Relation of titanus [i.e. tetanus] to the hypodermic or intramuscular injection of quinine - Number 43
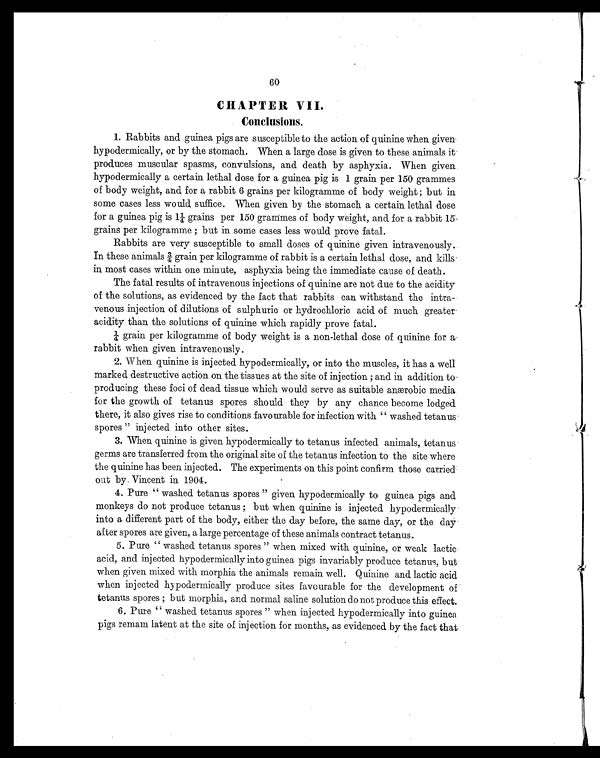
60
CHAPTER VII
.
Conclusions.
1. Rabbi ts and gui nea pi gs are suscepti bl e to the acti on of qui ni ne when gi ven
hypodermically, or by the stomach. When a large dose is given to these animals it
produces muscular spasms, convulsions, and death by asphyxia. When given
hypodermically a certain lethal dose for a guinea pig is 1 grain per 150 grammes
of body weight, and for a rabbit 6 grains per kilogramme of body weight ; but in
some cases less would, suffice. When given by the stomach a certain lethal dose
for a gui nea pi g i s 1¼ grai ns per 150 grammes of body wei ght, and for a rabbi t 15.
grains per kilogramme ; but in some cases less would prove fatal.
Rabbits are very susceptible to small doses of quinine given intravenously.
I n t h e s e a n i m a l s ¾ g r a i n p e r k i l o g r a m m e o f r a b b i t i s a c e r t a i n l e t h a l d o s e , a n d k i l l s
in most cases within one minute, asphyxia being the immediate cause of death.
The fatal results of intravenous injections of quinine are not due to the acidity
of the solutions, as evidenced by the fact that rabbits can withstand the intra
- v e n o u s i n j e c t i o n o f d i l u t i o n s o f s u l p h u r i c o r h y d r o c h l o r i c a c i d o f m u c h g r e a t e r
acidity than the solutions of quinine which rapidly prove fatal.
¼ grain per kilogramme of body weight is a non-lethal dose of quinine for a.
rabbit when given intravenously.
2. When quinine is injected hypodermically, or into the muscles, it has a well
marked destructive action on the tissues at the site of injection ; and in addition to
producing these foci of dead tissue which would serve as suitable anærobic media
for the growth of tetanus spores should they by any chance become lodged
there, it also gives rise to conditions favourable for infection with " washed tetanus
spores " injected into other sites.
3. When quinine is given hypodermically to tetanus infected animals, tetanus
germs are transferred from the original site of the tetanus infection to the site where
the quinine has been injected. The experiments on this point confirm those carried
out by Vincent in 1904.
4. Pure " washed tetanus spores " given hypodermically to guinea pigs and
monkeys do not produce tetanus ; but when quinine is injected hypodermically
into a different part of the body, either the day before, the same day, or the day
after spores are given, a large percentage of these animals contract tetanus.
5. Pure " washed tetanus spores " when mixed with quinine, or weak lactic
acid, and injected hypodermically into guinea pigs invariably produce tetanus, but
when given mixed with morphia the animals remain well. Quinine and lactic acid
when injected hypodermically produce sites favourable for the development of
tetanus spores ; but morphia, and normal saline solution do not produce this effect.
6. Pure " washed tetanus spores " when injected hypodermically into guinea
pigs remain latent at the site of injection for months, as evidenced by the fact that